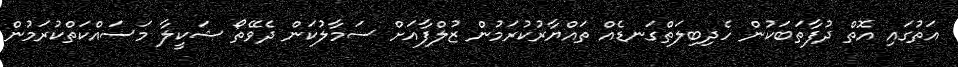
އަތުގައި އޮތް ދުފާތަބަކުން ހެދިބިލަތްގަނޑެއް ތައްޔާރުކުރަމުން ޒުލްފާއަށް ސަމާލުކަން ދެވޭތޯ ޝަކީލާ މަސައްކަތްކުރަމުން